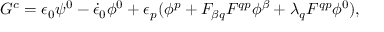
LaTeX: G ^ { c } = \epsilon _ { 0 } \psi ^ { 0 } - { \dot { \epsilon } _ { 0 } } \phi ^ { 0 } + \epsilon _ { p } ( \phi ^ { p } + F _ { \beta q } F ^ { q p } \phi ^ { \beta } + \lambda _ { q } F ^ { q p } \phi ^ { 0 } ) ,